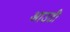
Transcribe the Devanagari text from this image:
आउटी